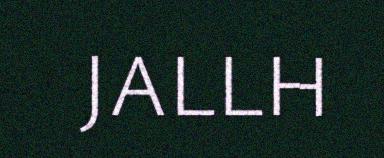
JALLH